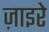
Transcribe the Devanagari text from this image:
ज़ाइरे